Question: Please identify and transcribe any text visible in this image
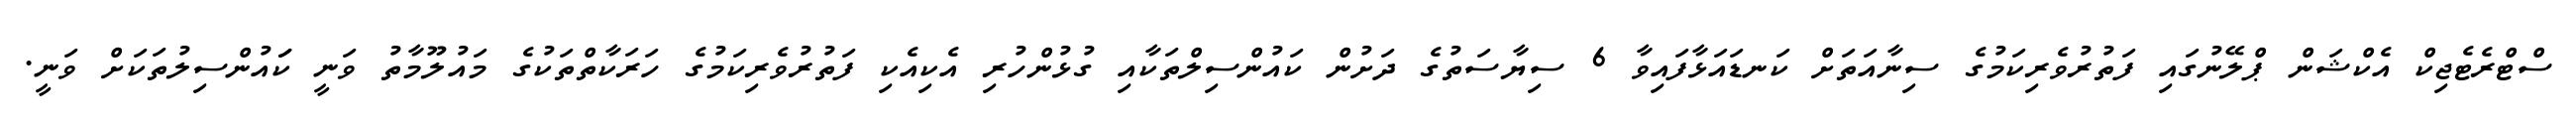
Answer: ސްޓްރެޓެޖިކް އެކްޝަން ޕްލޭނުގައި ފަތުރުވެރިކަމުގެ ސިނާއަތަށް ކަނޑައަޅާފައިވާ 6 ސިޔާސަތުގެ ދަށުން ކައުންސިލްތަކާއި ގުޅުންހުރި އެކިއެކި ފަތުރުވެރިކަމުގެ ހަރަކާތްތަކުގެ މައުލޫމާތު ވަނީ ކަައުންސިލުތަކަށް ވަނީ.